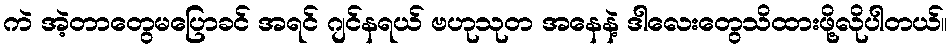
ကဲ အဲ့တာတွေမပြောခင် အရင် ဂျင်နရယ် ဗဟုသုတ အနေနဲ့ ဒါလေးတွေသိထားဖို့လိုပါတယ်။